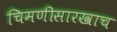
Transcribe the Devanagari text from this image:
चिमणीसारखाच